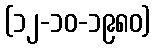
(၁၂-၁၀-၁၉၈၀)